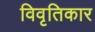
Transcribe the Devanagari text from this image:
विवृतिकार